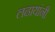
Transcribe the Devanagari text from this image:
लढायांनी